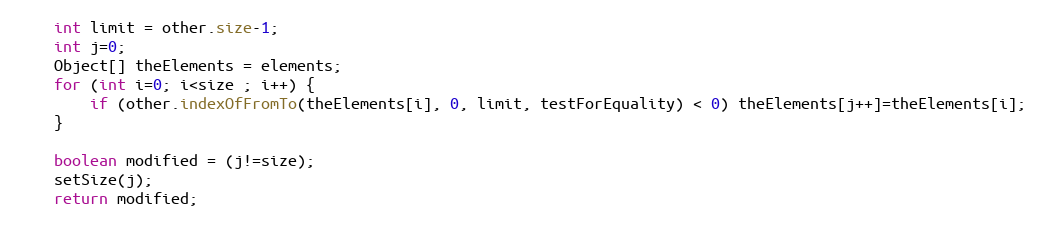
Language: Java
	int limit = other.size-1;
	int j=0;
	Object[] theElements = elements;
	for (int i=0; i<size ; i++) {
		if (other.indexOfFromTo(theElements[i], 0, limit, testForEquality) < 0) theElements[j++]=theElements[i];
	}

	boolean modified = (j!=size);
	setSize(j);
	return modified;